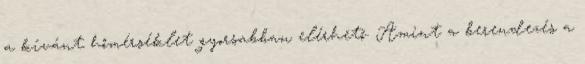
a kívánt hőmérséklet gyorsabban elérhető. Amint a berendezés a